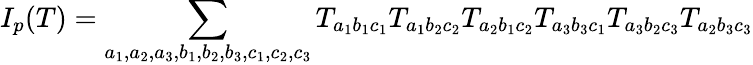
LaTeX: I_{p}(T)=\sum_{a_{1},a_{2},a_{3},b_{1},b_{2},b_{3},c_{1},c_{2},c_{3}}T_{a_{1}b_{1}c_{1}}T_{a_{1}b_{2}c_{2}}T_{a_{2}b_{1}c_{2}}T_{a_{3}b_{3}c_{1}}T_{a_{3}b_{2}c_{3}}T_{a_{2}b_{3}c_{3}}